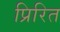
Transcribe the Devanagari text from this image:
प्रिरित